system: You are a helpful assistant.
user:
Analyze the provided spectrum to determine if it is a **M-type Giant (gM)**.

A M-type Giant spectrum is defined by its **strong molecular absorption** features, particularly from **Titanium Oxide (TiO)**. You must check for one of the following mutually exclusive signatures:

- **Key Visual Indicators (Absorption-Dominated Spectrum):**

    - **(Primary):** The spectrum is dominated by strong molecular absorption from **Titanium Oxide (TiO)**. This is the **defining feature** of its M-type temperature class.
        - **(Key Bandheads):** Look for sharp, "saw-tooth" absorption valleys. The strongest are located near **~7050 Å**, **~6160 Å**, and **~5170 Å**.
        - **(Line Profile):** The "saw-tooth" morphology is critical: a **sharp, steep drop on the BLUE (short-wavelength) side** of the bandhead, followed by a gradual recovery (rising flux) towards the RED (long-wavelength) side.

    - **(Key Confirmation - Giant vs. Dwarf):** **ABSENCE** of strong **Calcium Hydride (CaH)** molecular bands. This is the primary diagnostic for *excluding* M-dwarfs.
        - **(Key Region):** The spectrum should lack the strong, broad absorption band seen in dwarfs between **~6800 Å and ~7000 Å**.

    - **(Secondary Confirmation - Giant):** A very strong and broad **Neutral Calcium (Ca I)** atomic absorption line.
        - **(Key Line):** Located at **~4226 Å**. In a giant (gM), this line is significantly deeper and broader than the same line in an M-dwarf (dM) due to low surface gravity.

    - **(Overall Spectrum):**
        - The continuum is **extremely red-sloping** (i.e., flux is very low in the blue and rises dramatically towards the red).
        - The entire spectrum appears "chopped up" by the deep TiO bands.

Think first, call **spectral_visualization_tool** if needed to examine features in detail, then provide your final answer. Your response must adhere to the following strict rules:
1.  **Overall Structure:** Your response must follow the format `<think>...</think> <tool_call>...</tool_call> (if a tool is used) <answer>...</answer>`.
2.  **Tool Usage Constraint:** You may only make **one** tool call per turn.
3.  **Final Answer Format:** In the `<answer>` tag, your conclusion must be inside a `\boxed{}` command (e.g., `\boxed{YES}` or `\boxed{NO}`), followed by your justification.

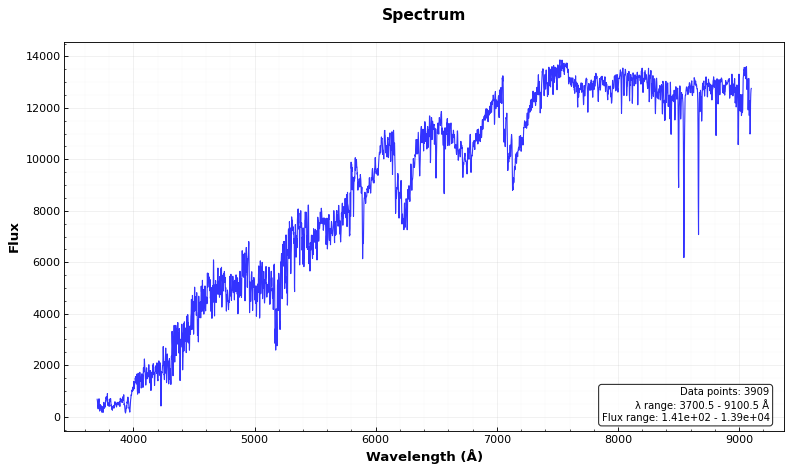
Answer: YES